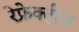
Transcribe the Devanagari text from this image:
रेफ्रेक्ट्रीज